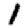
Digit: 1